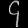
Digit: ၄